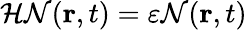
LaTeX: {\cal H}{\cal N}({\mathbf{r}},t)=\varepsilon{\cal N}({\mathbf{r}},t)